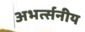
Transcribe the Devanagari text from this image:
अभर्त्सनीय